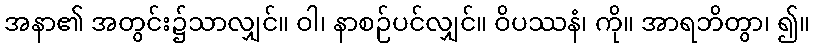
အနာ၏ အတွင်း၌သာလျှင်။ ဝါ၊ နာစဉ်ပင်လျှင်။ ဝိပဿနံ၊ ကို။ အာရဘိတွာ၊ ၍။